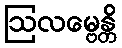
ဩလမ္ဗေန္တိ